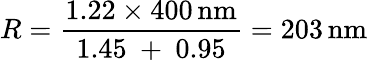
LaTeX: R={\frac{1.22\times 400\, {\mathrm{nm}}}{1.45\ +\ 0.95}}=203\, {\mathrm{nm}}